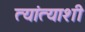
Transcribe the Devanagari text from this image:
त्यांत्याशी